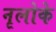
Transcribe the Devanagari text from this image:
नृलोके